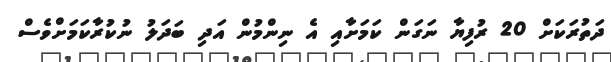
ދަތުރަކަށް 20 ރުފިޔާ ނަގަން ކަމަށާއި އެ ނިންމުން އަދި ބަދަލު ނުކުރާކަމަށްވެސް